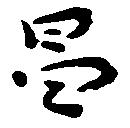
昌